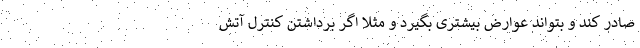
صادر کند و بتواند عوارض بیشتری بگیرد و مثلا اگر برداشتن کنترل آتش